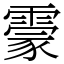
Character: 霥